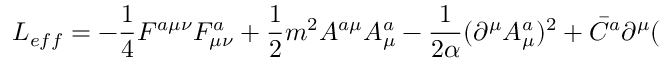
{ \cal L } _ { e f f } = - \frac 1 4 F ^ { a \mu \nu } F _ { \mu \nu } ^ { a } + \frac 1 2 m ^ { 2 } A ^ { a \mu } A _ { \mu } ^ { a } - \frac 1 { 2 \alpha } ( \partial ^ { \mu } A _ { \mu } ^ { a } ) ^ { 2 } + \bar { C } ^ { a } \partial ^ { \mu } (